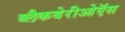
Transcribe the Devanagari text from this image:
ब्लैकबेरीओऍस